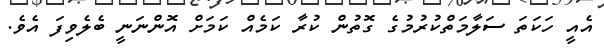
އެއީ ހަކަތަ ސަލާމަތްކުރުމުގެ ގޮތުން ކުރާ ކަމެއް ކަމަށް އޮންނަނީ ބެލެވިފަ އެވެ.